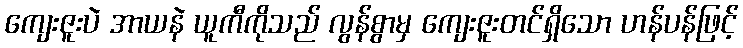
ကျေးဇူးပဲ အာယနဲ ယူကီကိုသည် လွန်စွာမှ ကျေးဇူးတင်ရှိသော ဟန်ပန်ဖြင့်